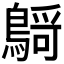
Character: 𪃴